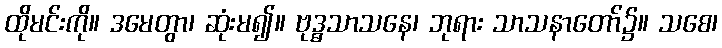
ထိုမင်းကို။ ဒမေတွာ၊ ဆုံးမ၍။ ဗုဒ္ဓသာသနေ၊ ဘုရား သာသနာတော်၌။ သစေ၊